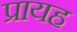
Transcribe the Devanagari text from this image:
प्रायह